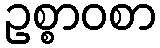
ဥစ္စာဝစာ